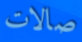
صالات